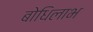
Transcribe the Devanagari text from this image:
बोधिलाभ